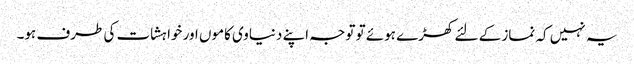
یہ نہیں کہ نماز کے لئے کھڑے ہوئے تو توجہ اپنے دنیاوی کاموں اور خواہشات کی طرف ہو۔